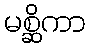
မစ္ဆိကာ